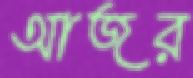
আজর